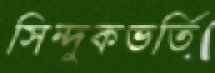
সিন্দুকভর্তি